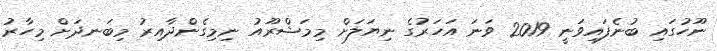
ނޫހުގައި ބުނެފައިވަނީ 2019 ވަނަ އަހަރުގެ ނިޔަލަށް މިމަޝްރޫއު ނިމިގެންދާއިރު މިބަނދަށް މިހާރު